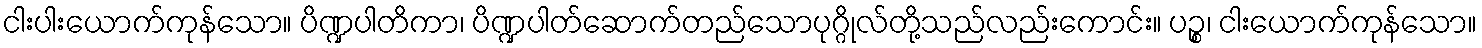
ငါးပါးယောက်ကုန်သော။ ပိဏ္ဍပါတိကာ၊ ပိဏ္ဍပါတ်ဆောက်တည်သောပုဂ္ဂိုလ်တို့သည်လည်းကောင်း။ ပဉ္စ၊ ငါးယောက်ကုန်သော။